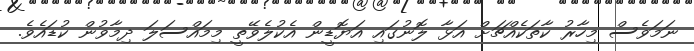
ނަމަވެސް މިހާރު ކާތަކެއްޗަށް އަޅާ ލޮނުގައި އަޔޮޑީން އެކުލެވޭތީ މިމައްސަލަ ދިމާވުން ކުޑައެވެ.